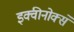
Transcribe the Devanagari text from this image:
इक्वीनोक्से